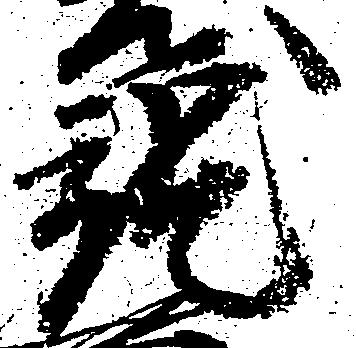
就